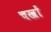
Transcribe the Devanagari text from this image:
चखों